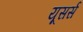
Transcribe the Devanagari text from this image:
यूसर्स